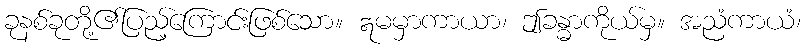
ခုနစ်ခုတို့၏ပြည့်ကြောင်းဖြစ်သော။ ဣမမှာကာယာ၊ ဤခန္ဓာကိုယ်မှ။ အညံကာယံ၊